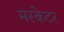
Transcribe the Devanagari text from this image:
मरकेटर